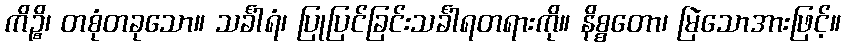
ကိဉ္စိ၊ တစုံတခုသော။ သင်္ခါရံ၊ ပြုပြင်ခြင်းသင်္ခါရတရားကို။ နိစ္စတော၊ မြဲသောအားဖြင့်။